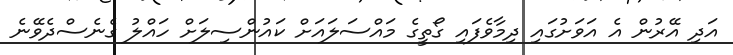
އަދި އޭރުން އެ އަވަށުގައި ދިމާވެފައި ގޯތީގެ މައްސަލައަށް ކައުންސިލަށް ހައްލު ގެނެސްދެވޭނެ